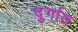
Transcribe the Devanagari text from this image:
दुर्गात